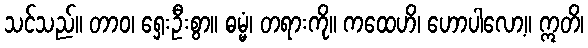
သင်သည်။ တာဝ၊ ရှေးဦးစွာ။ ဓမ္မံ၊ တရားကို။ ကထေဟိ၊ ဟောပါလော့။ ဣတိ၊